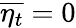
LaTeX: \overline{{\eta_{t}}}=0